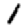
Digit: 1